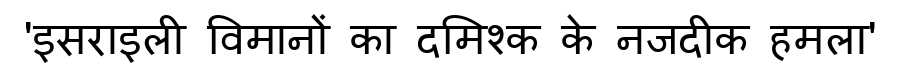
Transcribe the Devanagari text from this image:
'इसराइली विमानों का दमिश्क के नजदीक हमला'